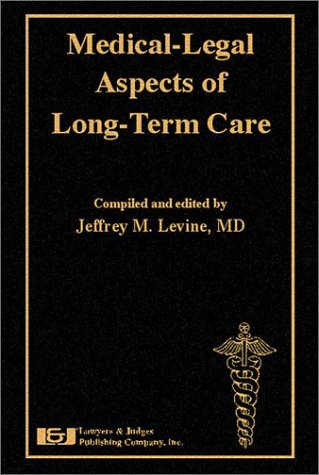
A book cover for Medical-Legal Aspects of Long-Term Care; Jeffrey M. Levine; Law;